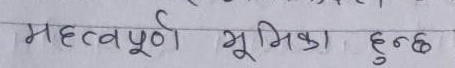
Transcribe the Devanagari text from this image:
महत्वपूर्ण भूमिका हुन्छ